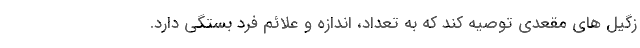
زگیل های مقعدی توصیه کند که به تعداد، اندازه و علائم فرد بستگی دارد.